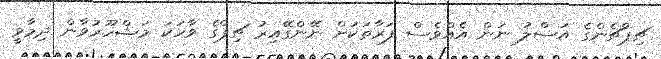
ޗިޕްޗެންގެ އަސްލު ނަން އެއްވެސް ފަރާތަކަށް ނޭންގޭއިރު ޗިޕްގެ ވާހަކަ މަޝްހޫރުވާން ދިމާވީ